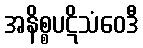
အနိစ္စပဋိသံဝေဒီ